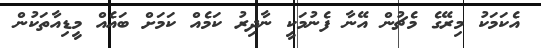
އެކަމަކު މިރޭގެ މެޗުން އޭނާ ފެނުމަކީ ނާދިރު ކަމެއް ކަމަށް ބައެއް މީޑިއާތަކުން